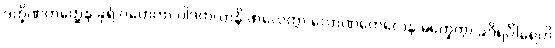
ဒက္ခိဏဟတ္ထေန ခုရံ ဂဟေတွာ ပါဒတလာနိ ဖာလေတွာ လောဏတေလေန မက္ခေတွာ ခဒိရင်္ဂါရေဟိ